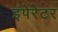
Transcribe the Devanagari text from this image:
इंपेरेटर